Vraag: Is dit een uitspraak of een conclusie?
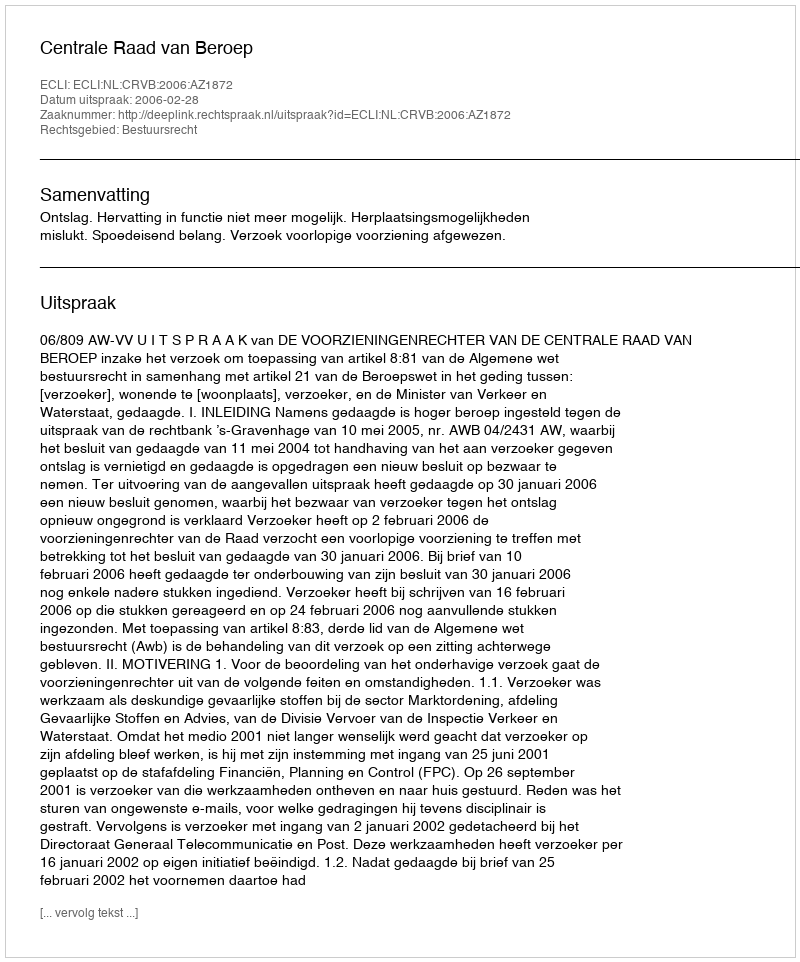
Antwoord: Uitspraak